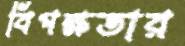
বিপক্ষতার